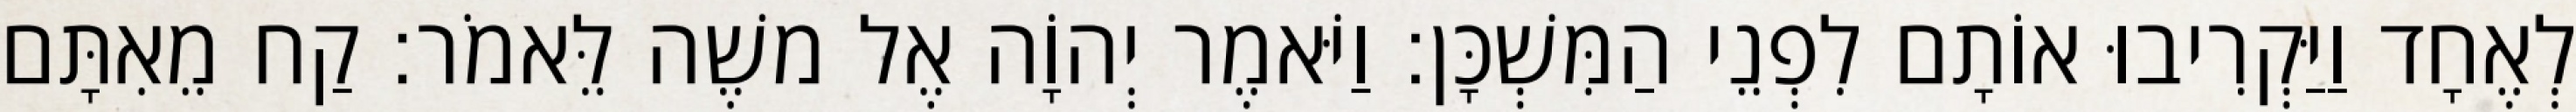
לְאֶחָד וַיַּקְרִיבוּ אוֹתָם לִפְנֵי הַמִּשְׁכָּן׃ וַיֹּאמֶר יְהוָֹה אֶל משֶׁה לֵּאמֹר׃ קַח מֵאִתָּם